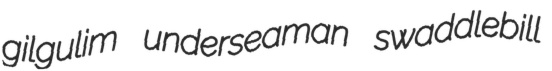
gilgulim underseaman swaddlebill